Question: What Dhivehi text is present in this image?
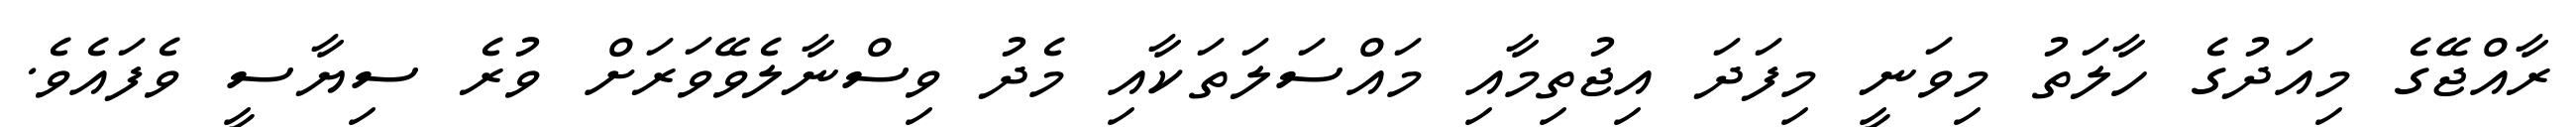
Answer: ރާއްޖޭގެ މިއަދުގެ ހާލަތު މިވަނީ މިފަދަ އިޖުތިމާއި މައްސަލަތަކާއި މެދު ވިސްނާލެވޭވަރަށް ވުރެ ސިޔާސީ ވެފައެވެ.